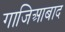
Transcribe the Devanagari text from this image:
गाजिआबाद